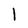
Character: l